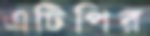
এটিপির